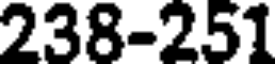
238-251